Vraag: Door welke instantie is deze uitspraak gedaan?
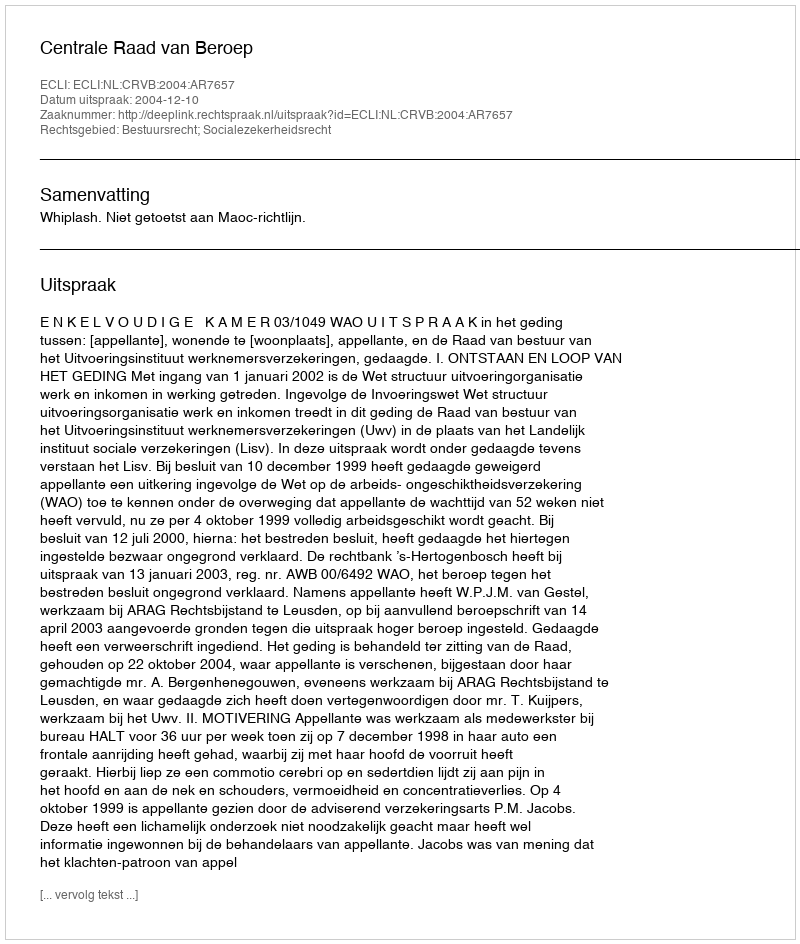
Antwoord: Centrale Raad van Beroep